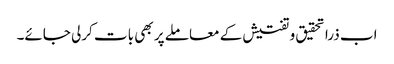
اب ذرا تحقیق و تفتیش کے معاملے پر بھی بات کرلی جائے۔